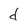
Character: d